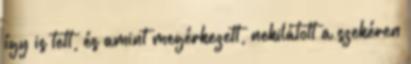
így is tett, és amint megérkezett, nekilátott a szekéren